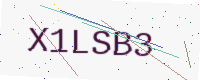
Text: X1LSB3